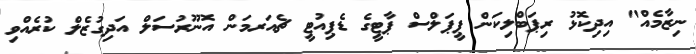
ނިޒާމެއް" އިދިކޮޅު ރިޕަބްލިކަން ޕީޕަލްސް ޕާޓީގެ ޑެޕިއުޓީ ޗެއަރމަން އޮނޫރުސަލް އަދިގުޒެލް ކުރެއްވި